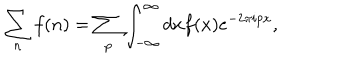
LaTeX: \sum _ { n } f ( n ) = \sum _ { p } \int _ { - \infty } ^ { \infty } d x f ( x ) e ^ { - 2 \pi i p x } ,